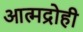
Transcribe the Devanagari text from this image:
आत्मद्रोही